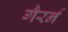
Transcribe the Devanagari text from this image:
गैरर्न